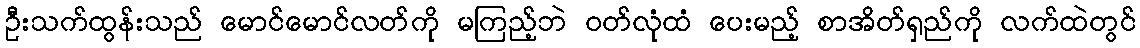
ဦးသက်ထွန်းသည် မောင်မောင်လတ်ကို မကြည့်ဘဲ ဝတ်လုံထံ ပေးမည့် စာအိတ်ရှည်ကို လက်ထဲတွင်